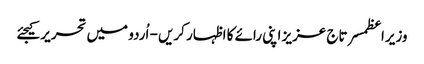
وزیراعظمسرتاج عزیز اپنی رائے کا اظہار کریں - اُردو میں تحریر کیجئے